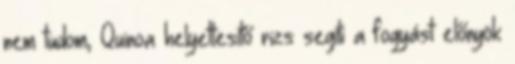
nem tudom, Quinoa helyettesítő rizs segíti a fogyást előnyök